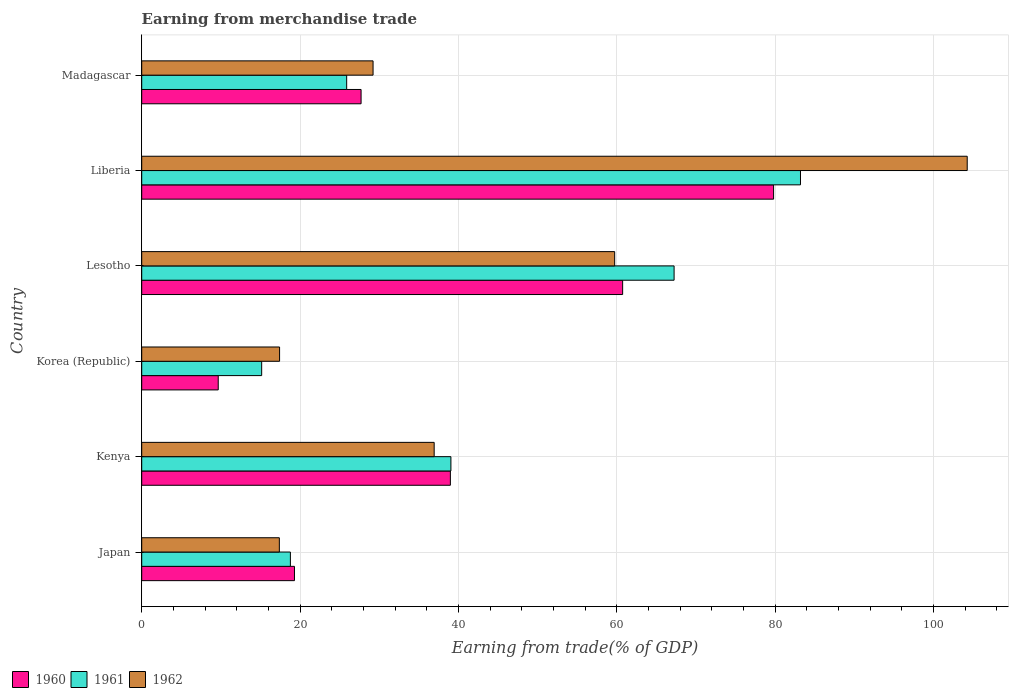
| Country | 1960 | 1961 | 1962 |
 | --- | --- | --- | --- |
 | Japan | 19.3 | 18.8 | 17.4 |
 | Kenya | 39 | 39 | 36.9 |
 | Korea (Republic) | 9.66 | 15.1 | 17.4 |
 | Lesotho | 60.7 | 67.2 | 59.7 |
 | Liberia | 79.8 | 83.2 | 104 |
 | Madagascar | 27.7 | 25.9 | 29.2 |